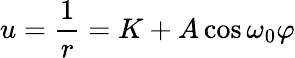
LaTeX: u={\frac{1}{r}}=K+A\cos\omega_{\mathrm{0}}\varphi